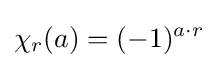
\chi _{r}(a)=(-1)^{a\cdot r}